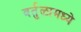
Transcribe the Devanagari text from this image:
वर्तुळामध्ये